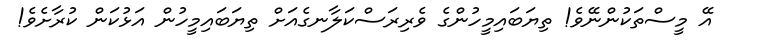
އޭ މީސްތަކުންނޭވެ! ތިޔަބައިމީހުންގެ ވެރިރަސްކަލާނގެއަށް ތިޔަބައިމީހުން އަޅުކަން ކުރާށެވެ!